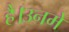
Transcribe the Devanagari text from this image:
है।उनमे